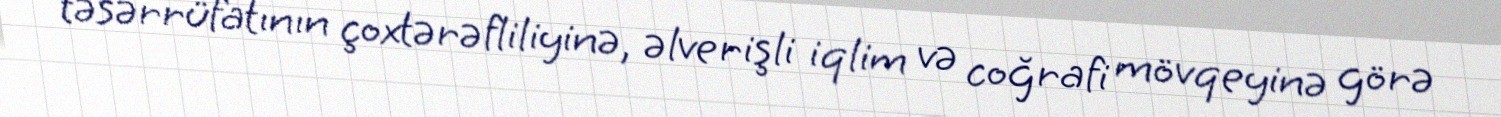
təsərrüfatının çoxtərəfliliyinə, əlverişli iqlim və coğrafi mövqeyinə görə